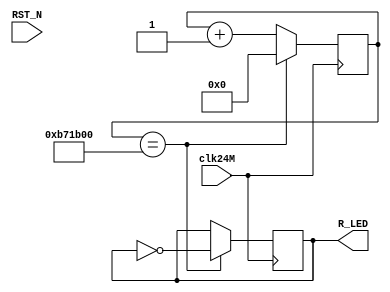
module blink
	(
		input clk24M,
		input wire RST_N,
		output R_LED
	);

	reg [24:0] cnt;
	reg R_LED;

	always @(posedge clk24M) begin
		cnt <= cnt + 1;
		if (cnt == 12000000) begin
			cnt <= 0;
			R_LED <= ~R_LED;
		end
	end

endmodule